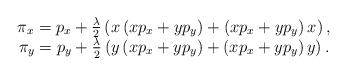
LaTeX: \begin{align*}\begin{array}{c} \pi_x= p_x + \frac{\lambda}{2}\left( x \left( x p_x + y p_y\right)+ \left( x p_x + yp_y\right) x \right),\\ \pi_y = p_y + \frac{\lambda}{2}\left( y \left( x p_x + y p_y\right)+ \left( x p_x + yp_y\right) y \right).\end{array}\end{align*}